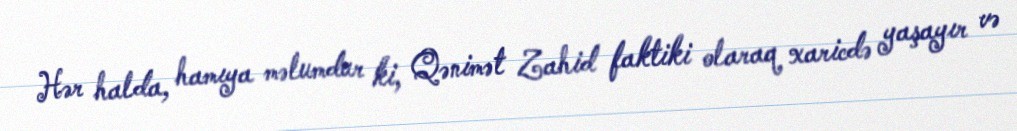
Hər halda, hamıya məlumdur ki, Qənimət Zahid faktiki olaraq xaricdə yaşayır və